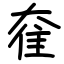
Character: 奞